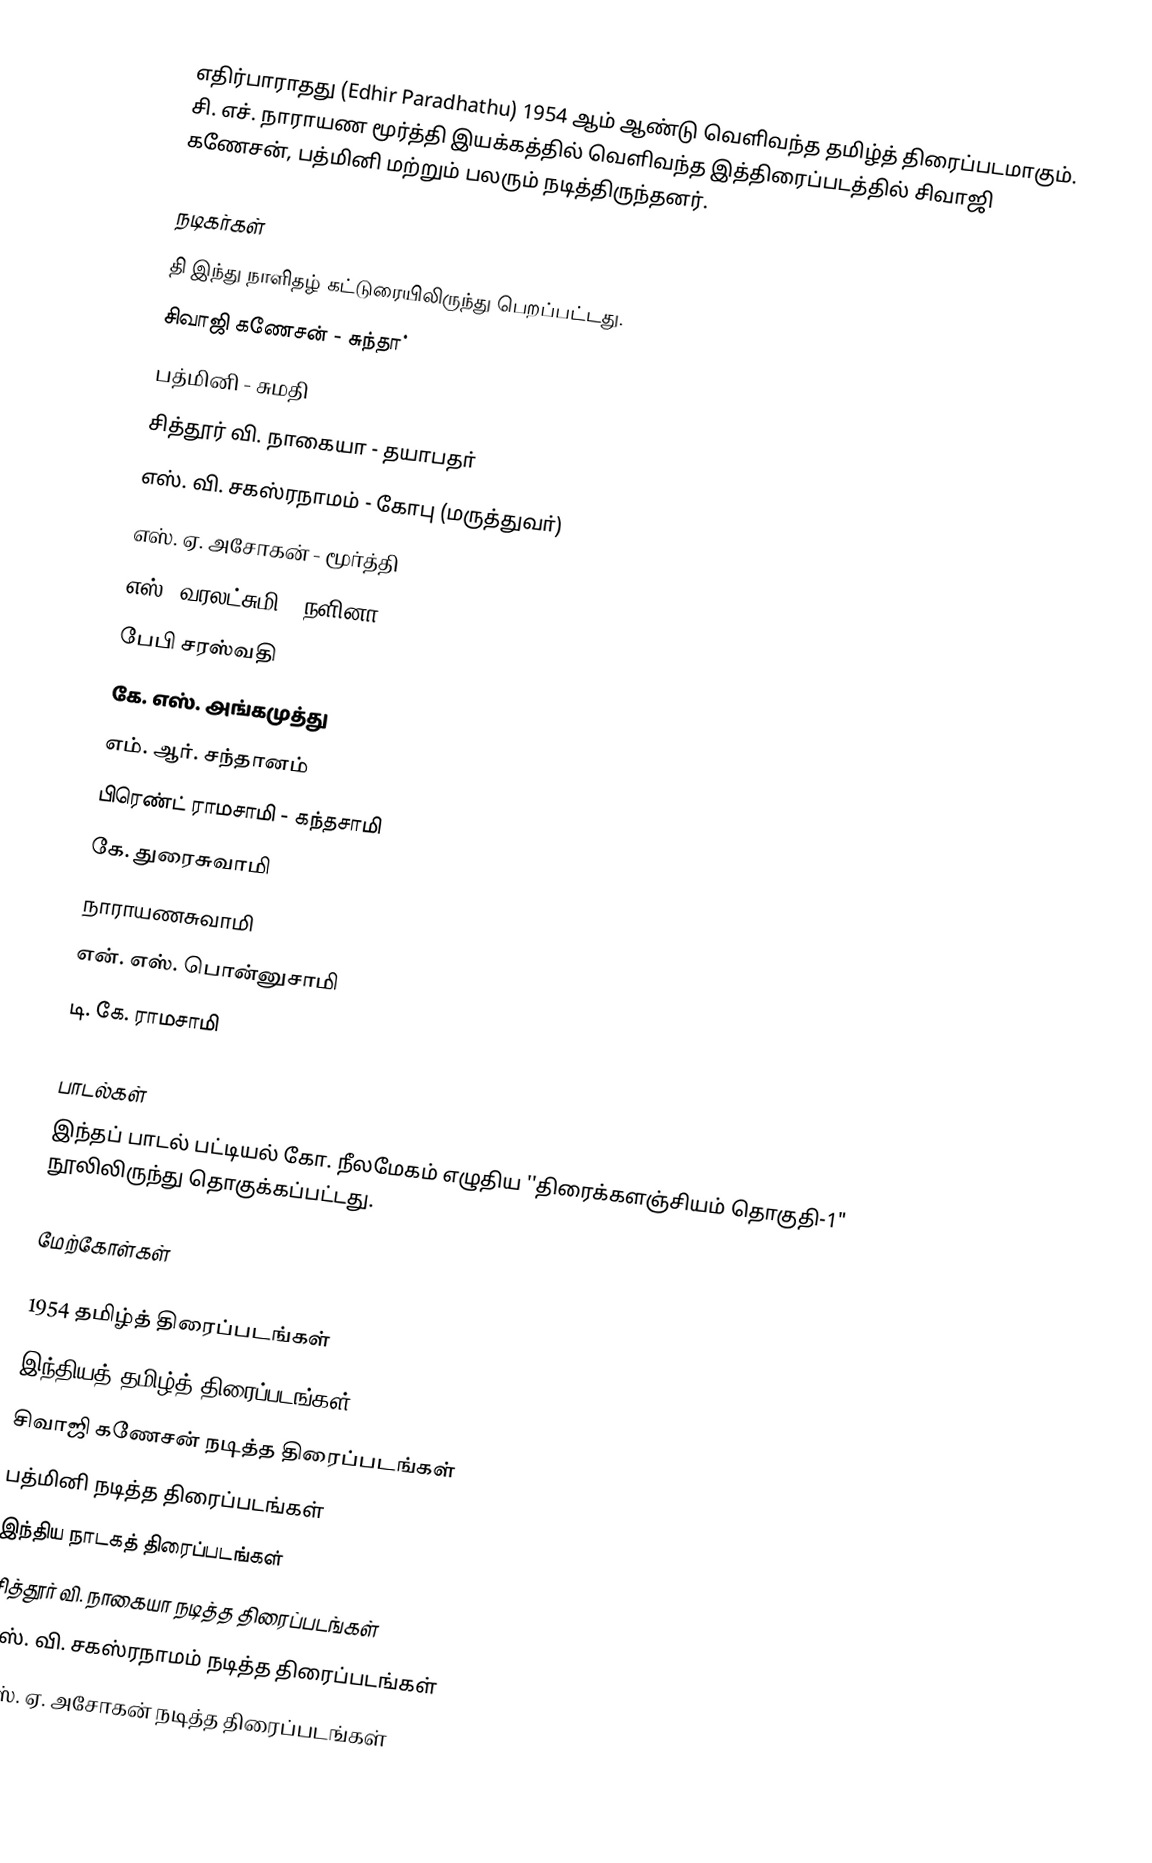
எதிர்பாராதது (Edhir Paradhathu) 1954 ஆம் ஆண்டு வெளிவந்த தமிழ்த் திரைப்படமாகும். சி. எச். நாராயண மூர்த்தி இயக்கத்தில் வெளிவந்த இத்திரைப்படத்தில் சிவாஜி கணேசன், பத்மினி மற்றும் பலரும் நடித்திருந்தனர்.

நடிகர்கள்
தி இந்து நாளிதழ் கட்டுரையிலிருந்து பெறப்பட்டது.
சிவாஜி கணேசன் - சுந்தா்
பத்மினி - சுமதி
சித்தூர் வி. நாகையா - தயாபதா்
எஸ். வி. சகஸ்ரநாமம் - கோபு (மருத்துவா்)
எஸ். ஏ. அசோகன் - மூா்த்தி
எஸ். வரலட்சுமி - நளினா
பேபி சரஸ்வதி
கே. எஸ். அங்கமுத்து
எம். ஆர். சந்தானம்
பிரெண்ட் ராமசாமி - கந்தசாமி
கே. துரைசுவாமி
நாராயணசுவாமி
 என். எஸ். பொன்னுசாமி
டி. கே. ராமசாமி

பாடல்கள்
இந்தப் பாடல் பட்டியல் கோ. நீலமேகம் எழுதிய ''திரைக்களஞ்சியம் தொகுதி-1" நூலிலிருந்து தொகுக்கப்பட்டது.

மேற்கோள்கள்

1954 தமிழ்த் திரைப்படங்கள்
இந்தியத் தமிழ்த் திரைப்படங்கள்
சிவாஜி கணேசன் நடித்த திரைப்படங்கள்
பத்மினி நடித்த திரைப்படங்கள்
இந்திய நாடகத் திரைப்படங்கள்
சித்தூர் வி. நாகையா நடித்த திரைப்படங்கள்
எஸ். வி. சகஸ்ரநாமம் நடித்த திரைப்படங்கள்
எஸ். ஏ. அசோகன் நடித்த திரைப்படங்கள்